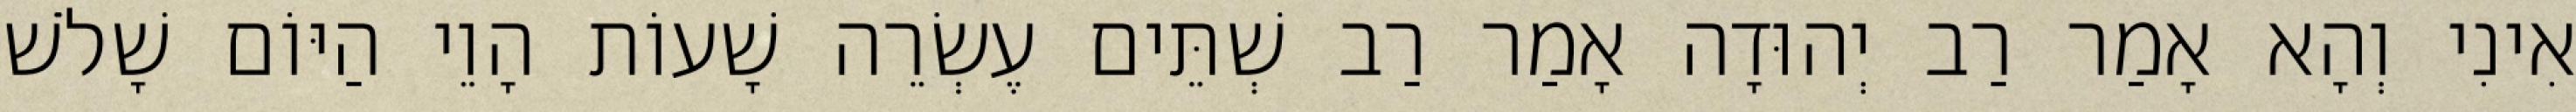
אִינִי וְהָא אָמַר רַב יְהוּדָה אָמַר רַב שְׁתֵּים עֶשְׂרֵה שָׁעוֹת הָוֵי הַיּוֹם שָׁלֹשׁ